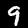
Label: 9